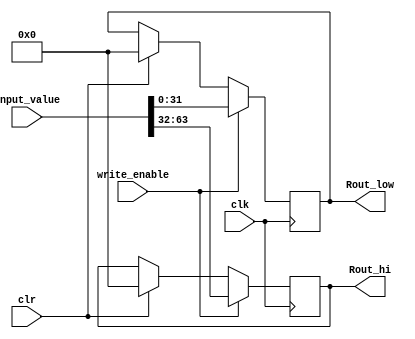
module reg64(Rout_hi, Rout_low, clr, clk, write_enable, input_value);
	input clr,clk, write_enable;
	input [63:0] input_value;
	output [31:0]Rout_hi, Rout_low;
	reg[31:0] Rout_hi, Rout_low;
	always @ (posedge clk)begin
		if(write_enable == 1) begin
			Rout_hi = input_value[63:32];
			Rout_low = input_value[31:0];
			end
		else if(clr) begin
			Rout_hi = 0;
			Rout_low = 0;
			end
	end
endmodule